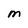
Character: M